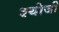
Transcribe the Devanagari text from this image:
श्योजी